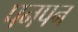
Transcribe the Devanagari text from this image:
पनपन